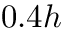
0 . 4 h